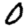
Digit: 0